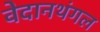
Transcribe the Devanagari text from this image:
वेदानथंगल